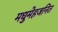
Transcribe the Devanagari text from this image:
मधुमेहजनित